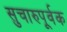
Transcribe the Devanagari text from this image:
सुचारुपूर्वक